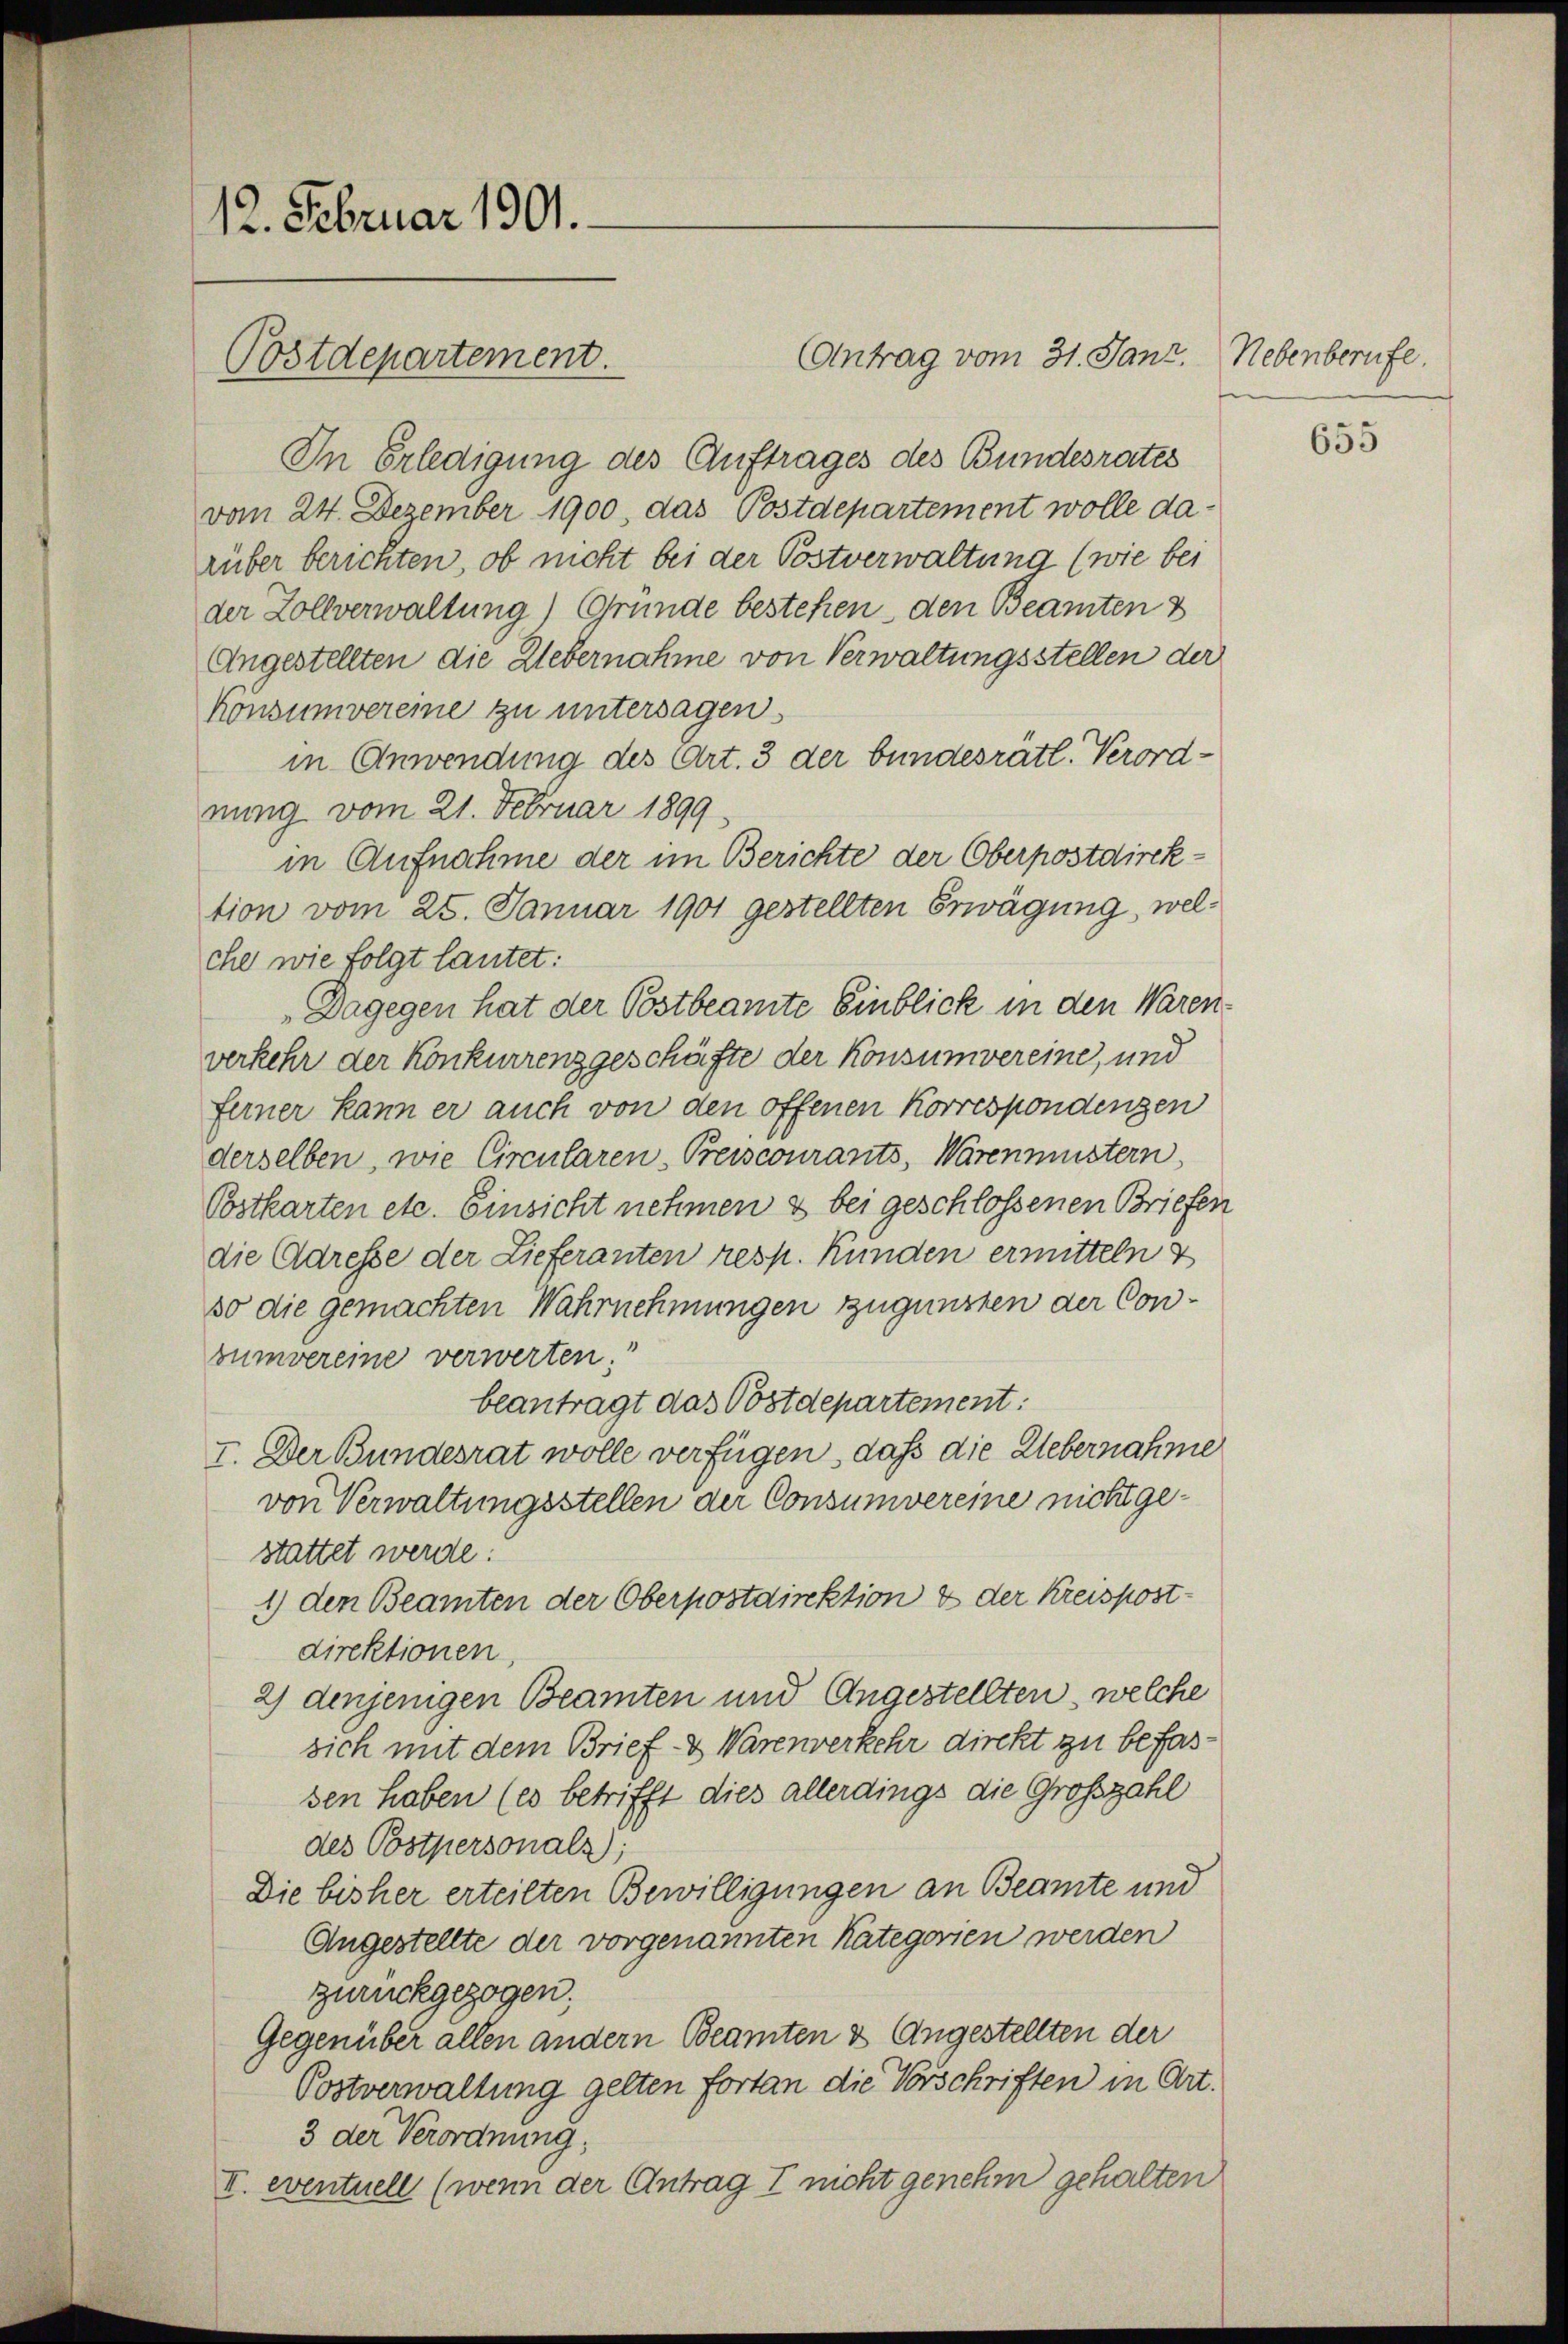
12. Februar 1901.

Antrag vom 31. Janz. Nebenberufe.
In Erledigung des Auftrages des Bundesrates
vom 24. Dezember 1900. das Postdepartement wolle darüber berichten, ob nicht bei der Postverwaltung (wie bei
der Zollverwaltung) Gründe bestehen, den Beamten
Angestellten die Uebernahme von Verwaltungsstellen der
konsumvereine zu untersagen.
in Anwendung des Art. 3 der bundesrätl. Verord-
nung vom 21. Februar 1899.
in Aufnahme der im Berichte der Oberpostdirektion vom 25. Januar 1901 gestellten Erwägung, welche wie folgt lautet:
„Dagegen hat der Postbeamte Einblick in den Waren-
verkehr der Konkurrenzgeschäfte der Konsumvereine, und
ferner kann er auch von den offenen Korrespondenzen
derselben, wie Circularen-Preiscourants, Warenmustern
Postkarten etc. Einsicht nehmen & bei geschlossenen Briefen
die Adresse der Lieferanten resp. Kunden ermitteln z
so die gemachten Wahrnehmungen zugunsten der Conbumvereine verwerten.
beantragt das Postdepartement:
I. Der Bundesrat wolle verfügen, daß die Uebernahme
von Verwaltungsstellen der Consumvereine nicht gestattet werde:
1) den Beamten der Oberpostdirektion & der Kreispost-
direktionen,
2) denjenigen Beamten und Angestellten, welche
sich mit dem Brief- & Warenverkehr direkt zu befassen haben (es betrifft dies allerdings die Großzahl
des Postpersonals;
Die bisher erteilten Bewilligungen an Beamte und
Angestellte der vorgenannten Kategorien werden
zurückgezogen;
Gegenüber allen andern Beamten & Angestellten der
Postverwaltung gelten fortan die Vorschriften in Art.
3 der Verordnung,
II. eventuell (wenn der Antrag I nicht genehm gehalten

Postdepartement.

655